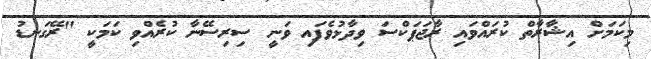
މިކަމަށް އިޝާރާތް ކުރައްވައި ރާޖަޕަކްސަ ވިދާޅުވެފައި ވަނީ ސިރިސޭނާ ކުރެއްވި ކަމަކީ "ރޭގަނޑު